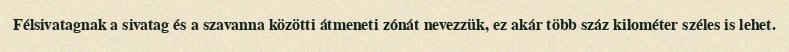
Félsivatagnak a sivatag és a szavanna közötti átmeneti zónát nevezzük, ez akár több száz kilométer széles is lehet.